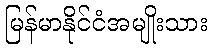
မြန်မာနိုင်ငံအမျိုးသား